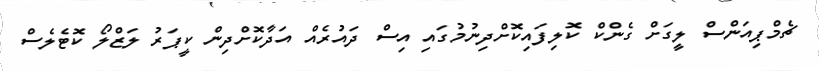
ޗެމްޕިއަންސް ލީގަށް ގެންކް ކޮލިފައިކޮށްދިނުމުގައި އިސް ދައުރެއް އަދާކޮށްދިން ކީޕަރު ލަޒްލޯ ކޮޓެލެސް